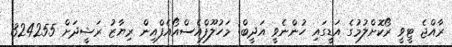
ރާއްޖެ ޓީވީ ރޯކޮށްލުމުގެ އަޑީގައި ހުންނެވީ އަދީބް: މަހުލޫފްއެސްއޯއެފްއިން ރިޔާޒު ރަޝީދަށް 324255